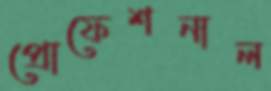
প্রোফেশনাল